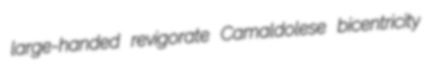
large-handed revigorate Camaldolese bicentricity